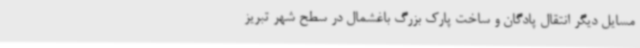
مسایل دیگر انتقال پادگان و ساخت پارک بزرگ باغشمال در سطح شهر تبریز